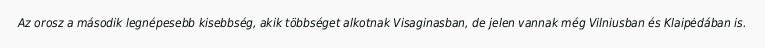
Az orosz a második legnépesebb kisebbség, akik többséget alkotnak Visaginasban, de jelen vannak még Vilniusban és Klaipėdában is.